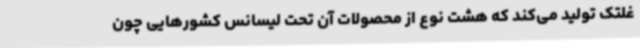
غلتک تولید می‌کند که هشت نوع از محصولات آن تحت لیسانس کشورهایی چون